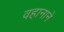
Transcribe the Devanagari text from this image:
वहानाने